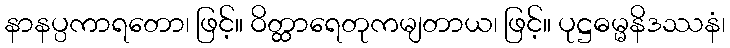
နာနပ္ပကာရတော၊ ဖြင့်။ ဝိတ္ထာရေတုကမျတာယ၊ ဖြင့်။ ပုဋ္ဌဓမ္မနိဒဿနံ၊